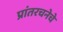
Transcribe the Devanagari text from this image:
प्रांतरचनेचे